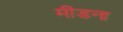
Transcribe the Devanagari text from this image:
मीडना